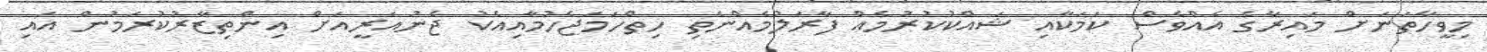
މިވީހާތަނަށް މައިރާގެ އެއްވެސް ކަމަކާއި ޝައްކުކުރުމެއް ފާރަލުމެއްނެތި ހިތްހަމަޖެހުމާއިއެކު ޖެނުއަރީއަށް އިންތިޒާރުކުރަމުން އައި